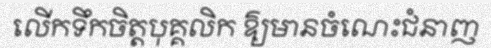
លើកទឹកចិត្តបុគ្គលិក ឱ្យមានចំណេះជំនាញ